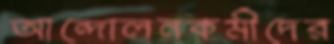
আন্দোলনকর্মীদের